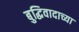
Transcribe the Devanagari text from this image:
बुद्धिवादाच्या